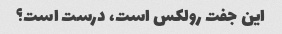
این جفت رولکس است، درست است؟